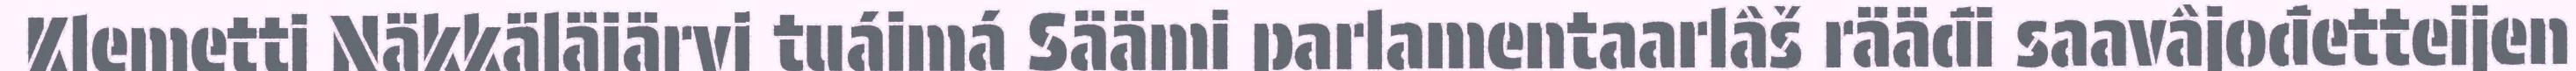
Klemetti Näkkäläjärvi tuáimá Säämi parlamentaarlâš rääđi saavâjođetteijen